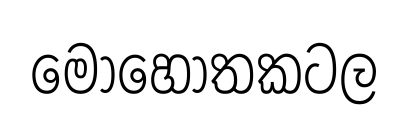
මොහොතකටල